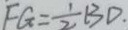
F G = \frac { 1 } { 2 } B D